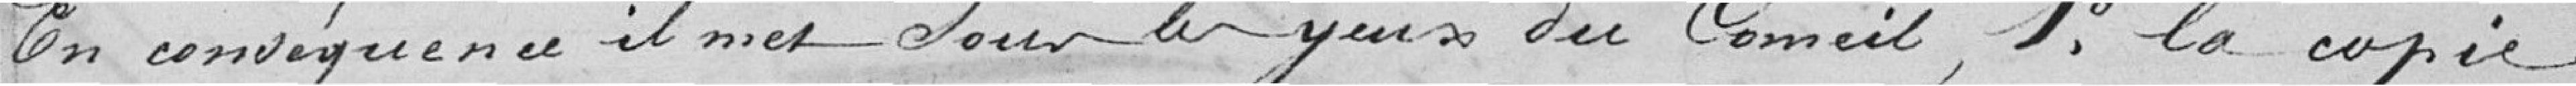
En conséquence il met sous les yeux du Conseil, 1° la copie